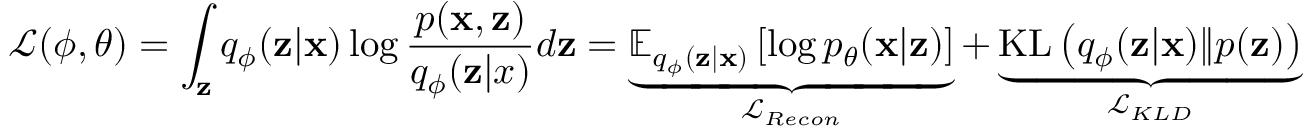
\mathcal { L } ( \phi , \theta ) = \int _ { \mathbf { z } } q _ { \phi } ( \mathbf { z } | \mathbf { x } ) \log \frac { p ( \mathbf { x } , \mathbf { z } ) } { q _ { \phi } ( \mathbf { z } | x ) } d \mathbf { z } = \underbrace { \mathbb { E } _ { q _ { \phi } ( \mathbf { z } | \mathbf { x } ) } \left[ \log p _ { \theta } ( \mathbf { x } | \mathbf { z } ) \right] } _ { \mathcal { L } _ { R e c o n } } + \underbrace { \mathrm { K L } \left( q _ { \phi } ( \mathbf { z } | \mathbf { x } ) \| p ( \mathbf { z } ) \right) } _ { \mathcal { L } _ { K L D } }